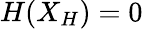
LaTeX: H(X_{H})=0